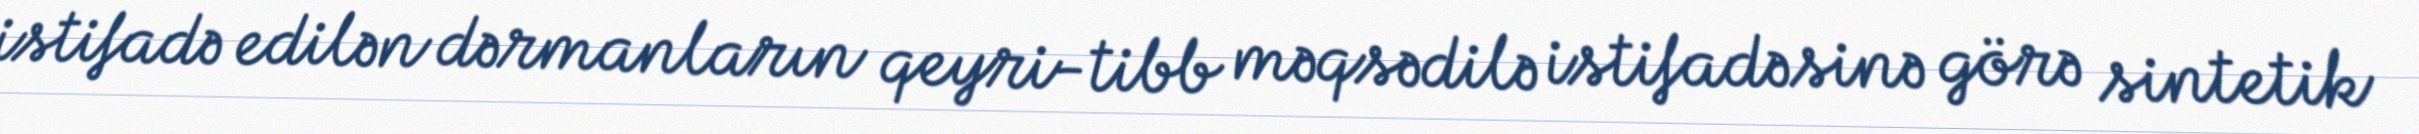
istifadə edilən dərmanların qeyri-tibb məqsədilə istifadəsinə görə sintetik